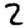
Digit: 2